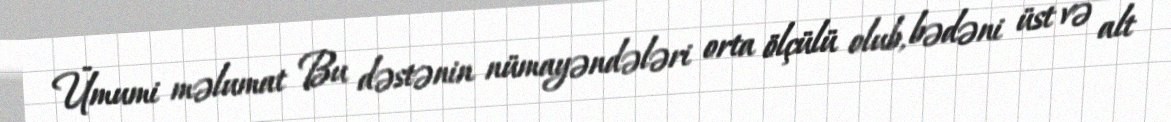
Ümumi məlumat Bu dəstənin nümayəndələri orta ölçülü olub, bədəni üst və alt